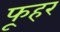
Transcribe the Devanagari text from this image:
फूहर